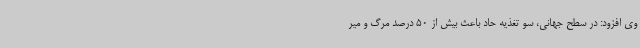
وی افزود: در سطح جهانی، سو تغذیه حاد باعث بیش از 50 درصد مرگ و میر